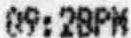
09:28PM